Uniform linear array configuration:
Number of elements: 4
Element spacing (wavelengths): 0.75
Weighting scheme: kaiser
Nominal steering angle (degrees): -15
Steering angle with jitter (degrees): -13.344
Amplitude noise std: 0.05
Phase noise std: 0.05

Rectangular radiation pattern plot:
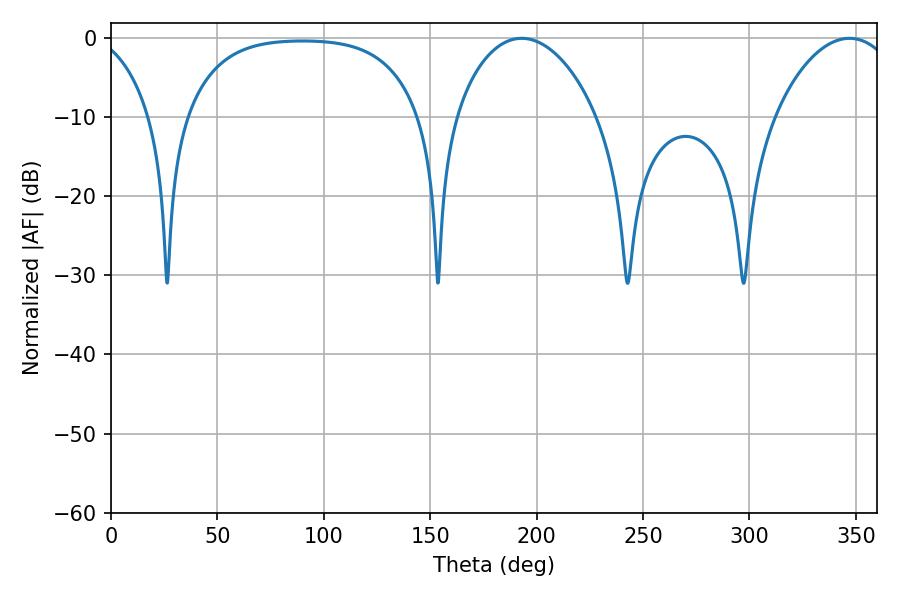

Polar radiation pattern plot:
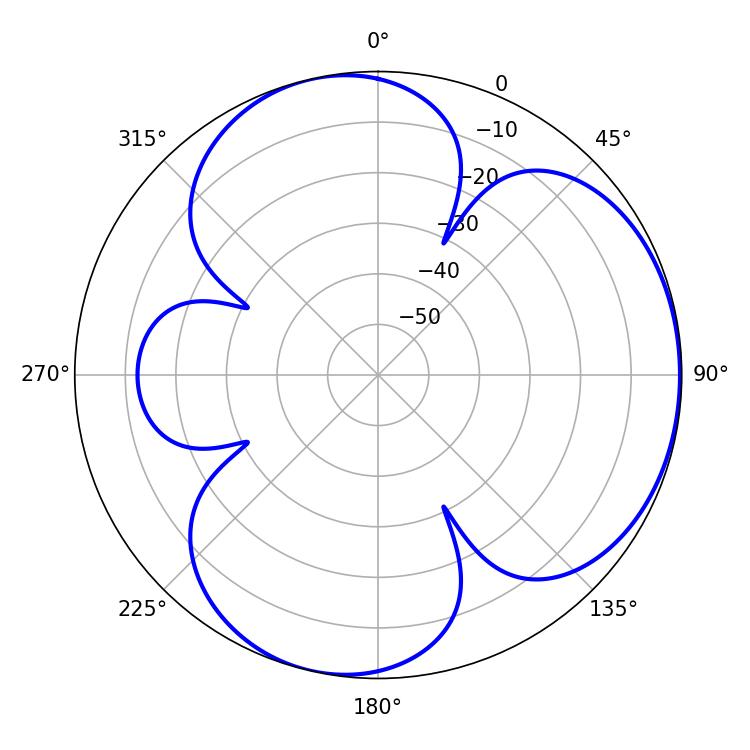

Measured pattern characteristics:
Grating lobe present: TRUE
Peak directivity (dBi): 4.262
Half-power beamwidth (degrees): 32.58
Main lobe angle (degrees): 347.04